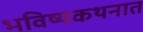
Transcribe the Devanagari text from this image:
भविष्यकथनात